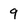
Character: 9